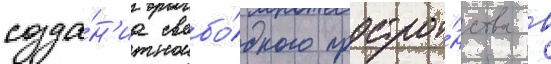
созда́н'иа свобо́дного простра́нства в